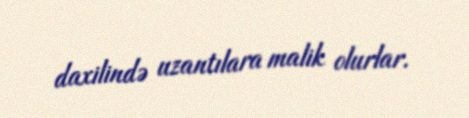
daxilində uzantılara malik olurlar.